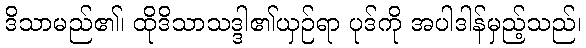
ဒိသာမည်၏၊ ထိုဒိသာသဒ္ဒါ၏ယှဉ်ရာ ပုဒ်ကို အပါဒါန်မှည့်သည်၊